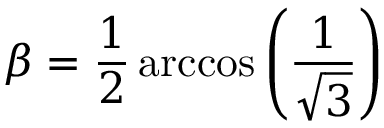
\beta = { \frac { 1 } { 2 } } \operatorname { a r c c o s } \left( { \frac { 1 } { \sqrt { 3 } } } \right)